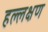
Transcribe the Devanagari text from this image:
हल्लक्षण